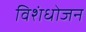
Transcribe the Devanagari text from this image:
विशंधोजन